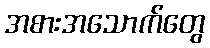
အစားအသောက်တွေ